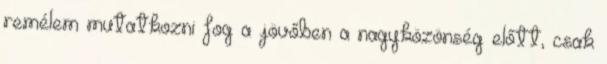
remélem mutatkozni fog a jövőben a nagyközönség előtt, csak